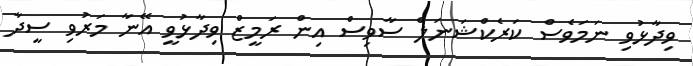
ވިދާޅުވި ނަމަވެސް ކަރެކްޝަނަލް ސާވިސް އިން ރަމީޒް ވިދާޅުވީ އޭނާ މަރުވި ސީދާ